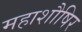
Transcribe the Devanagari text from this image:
महाशौषिर